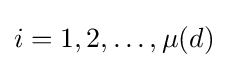
i=1,2,\dots ,\mu (d)